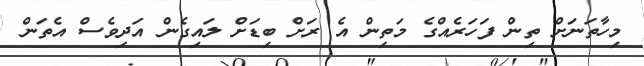
މިހާތަނަށް ތިން ފަހަރެއްގެ މަތިން އެ ރަށް ބިޑަށް ލައިގެން އަދިވެސް އެތަން